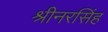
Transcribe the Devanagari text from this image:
श्रीनरसिंह